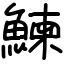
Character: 鰊